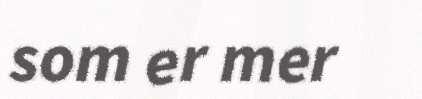
som er mer